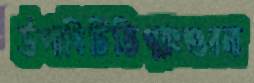
উপাধিটিতিগ্মাংশুবনা